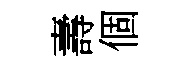
壽個